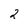
Character: 2